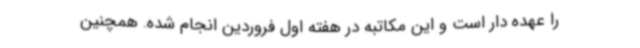
را عهده دار است و این مکاتبه در هفته اول فروردین انجام شده. همچنین